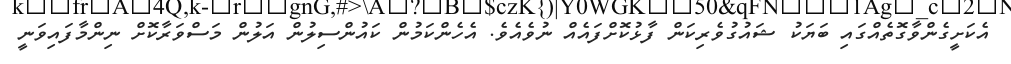
އެކަށީގެންވާގޮތެއްގައި ބަޔަކު ޝައުގުވެރިކަން ފާޅުކޮށްފައެއް ނުވެއެވެ. އެހެންކަމުން ކައުންސިލުން އަލުން މަސްވަރާކޮށް ނިންމާފައިވަނީ